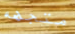
متجهه